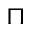
\sqcap